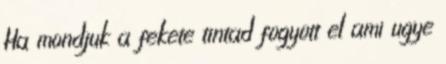
Ha mondjuk a fekete tintad fogyott el ami ugye